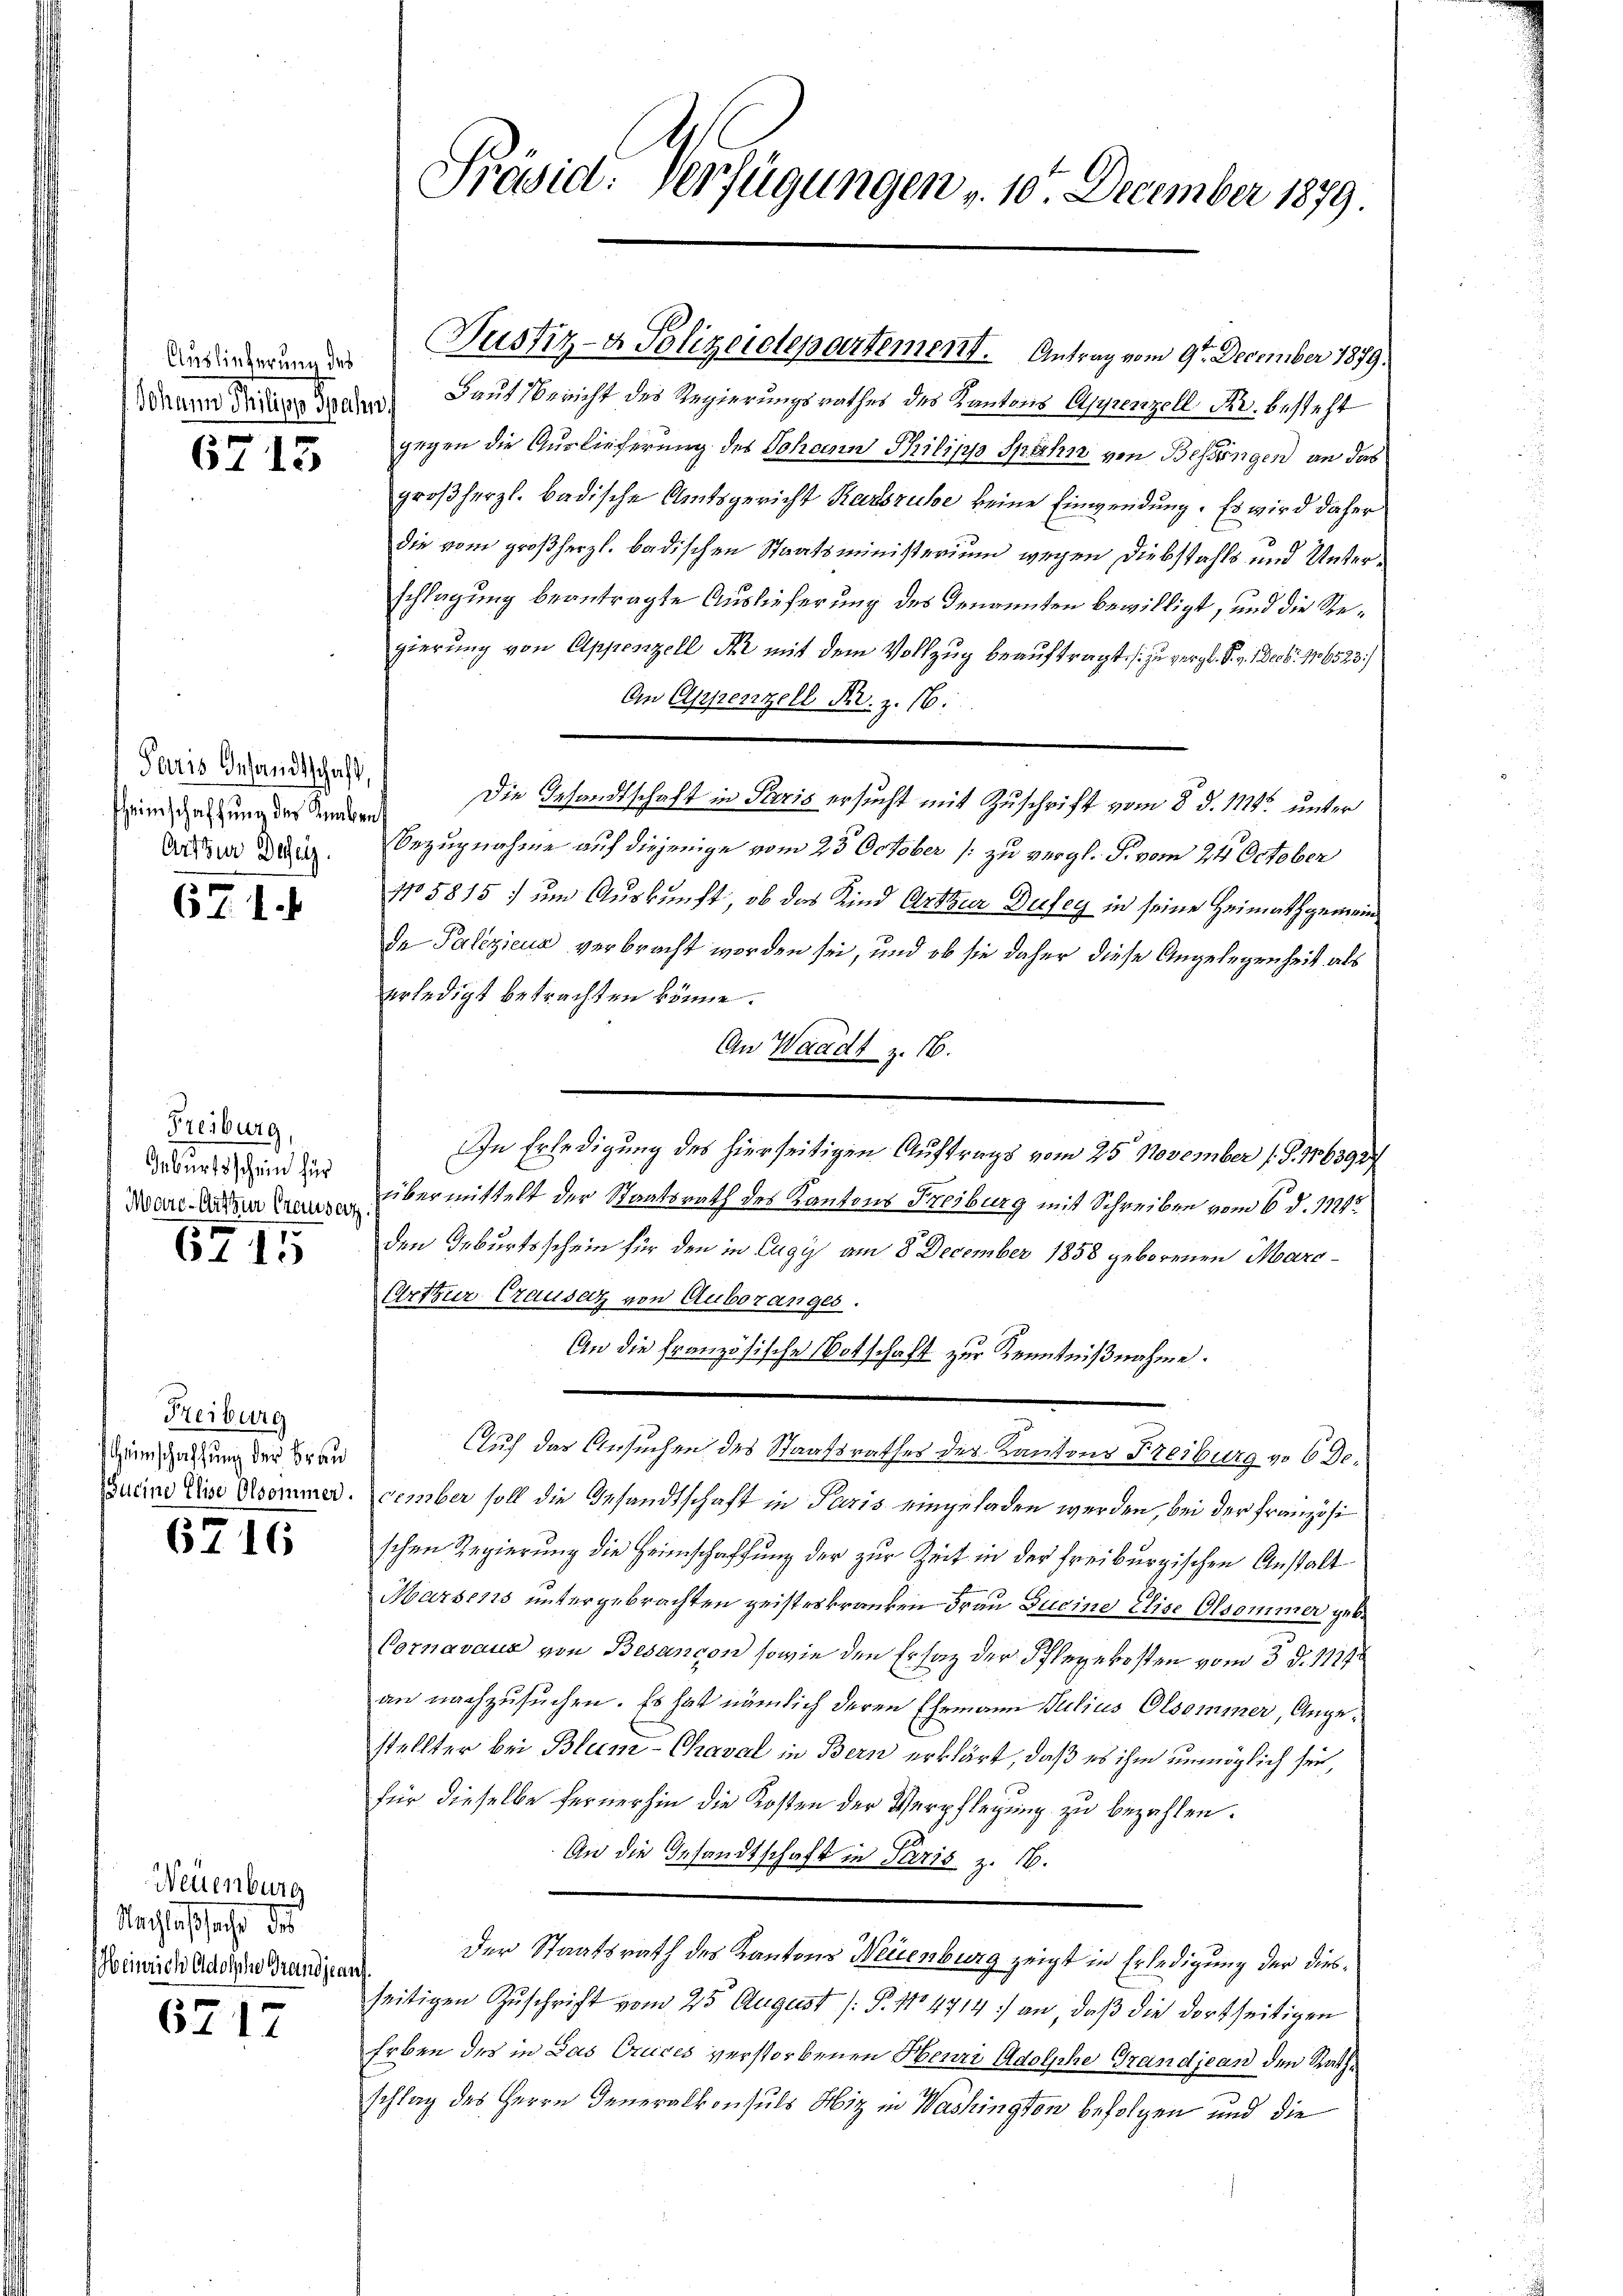
Auslieferung des

6715

Feures Gesandtschaft,
HHeimschaffung des Knaben
Art zur Desetz.

671.

Freiburg,
Geburtsschein für
Mare-Arthur Chauser

6715

Freiburg
Heimschaffung der Frau
pucine Elise Olsommer.

6716

Neuenburg
Nachlafsachte der
Heinrich Adolsche Grandjeanz.

6717

Präsid. Verfügungen v. 10. December 1879.

Wann daraus denen Laut Bericht des Regierungsrathes des Kantons Appenzell Kr. besteht
gegen die Auslieferung des Johann Philipp Spahn von Bessungen an das
großherzl. badische Amtsgericht Karsruhe keine Einwendung. Es wird daher
die vom großherzl. badischen Staatsministerium wegen Diebstahls und Unterschlagung beantragte Auslieferung des Genannten bewilligt, und die Regierung von Appenzell Kr mit dem Vollzug beauftragt, s. zu vergl. Sr. Decbr. 176523./
An Eppenzell Fr. z. 16.
Die Gesandtschaft in Paris ersucht mit Zuschrift vom 8. d. 114. unter
Bezugnahme auf diejenige vom 23 October (: zu vergl. S. vom 24. October
No 5815; um Auskunft, ob das Kind Arthier Defey in seine Heimathgemein¬
Ie Palezieua verbracht worden sei, und ob sie daher diese Angelegenheit als
erledigt betrachten könne.
An Waadt z. 16.
In Erledigung des hierseitigen Auftrags vom 25. November (S. 106392/
übermittelt der Staatsrath des Kantons Freiburg mit Schreiben vom 6. d. 11242
den Geburtsschein für den in Cagy am 8. December 1858 geborenen Marc¬
Arthur Causaz von Auboranges.
An die Französische Botschaft zur Kenntnißnahme.
Auf das Ansuchen des Staatsrathes des Kantons Freiburg vo 6 December soll die Gesandtschaft in Paris eingeladen werden, bei der Französi
schen Regierung die Heimschaffung der zur Zeit in der Freiburgischen Anstalt
Marsens untergebrachten geisteskranken Frau Sueine Elise Olsommer geb.
Vornavaux von Besandon sowie den Ersatz der Pflegekosten vom 3. d. 1111.
an nachzusuchen. Es hat nämlich deren Ehemann Julius Olsommer, Angestellter bei Blum-Chaval in Bern erklärt, daß es ihm unmöglich sei,
für dieselbe fernerhin die Kosten der Verpflegung zu bezahlen.
An die Gesandtschaft in Paris z. 16.
Der Staatsrath des Kantons Neuenburg zeigt in Erledigung der diesseitigen Zuschrift vom 25. August /: P. No 4714 :/ an, daβ die dortseitigen
Erben des in Das Cruces verstorbenen Henri Adolphe Grandjean den Rathschlag des Herrn Generalkonsuls Miz in Washington befolgen und die

Justiz- & Polizeidepartement. Antrag vom 9te December 1879.